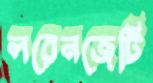
লরেনজেটি